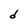
Character: d